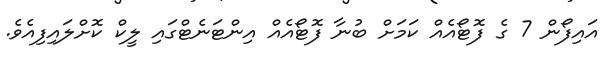
އައިފޯން 7 ގެ ފޮޓޯއެއް ކަމަށް ބުނާ ފޮޓޯއެއް އިންޓަނެޓްގައި ލީކް ކޮށްލައިފިއެވެ.